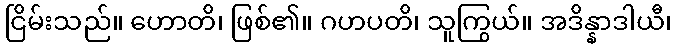
ငြိမ်းသည်။ ဟောတိ၊ ဖြစ်၏။ ဂဟပတိ၊ သူကြွယ်။ အဒိန္နာဒါယီ၊